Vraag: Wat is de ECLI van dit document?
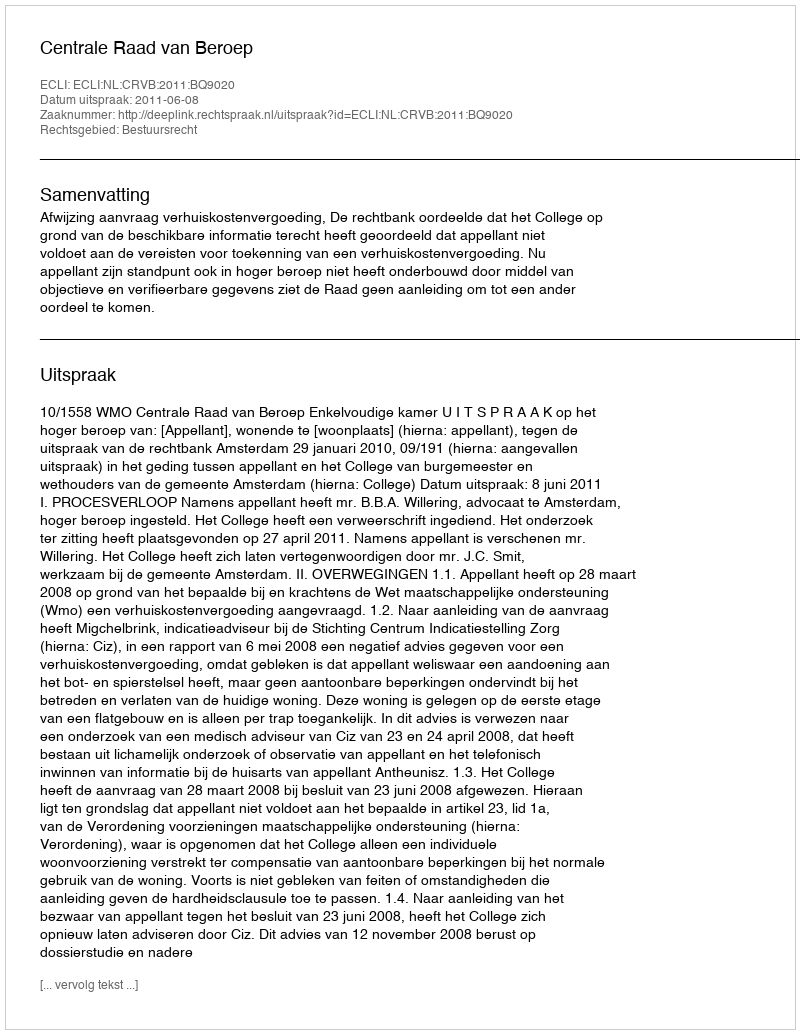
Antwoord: ECLI:NL:CRVB:2011:BQ9020